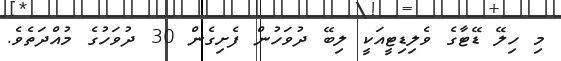
މި ހިލޭ ޑޭޓާގެ ވެލިޑިޓީއަކީ ލިބޭ ދުވަހުން ފެށިގެން 30 ދުވަހުގެ މުއްދަތެވެ.